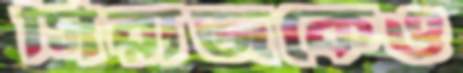
সিরাজকেও